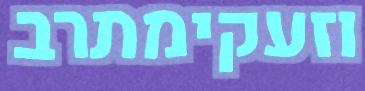
וזעקימתרב